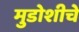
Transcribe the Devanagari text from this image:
मुडोशीचे